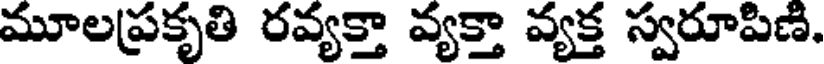
మూలప్రకృతి రవ్యక్తా వ్యక్తా వ్యక్త స్వరూపిణి,